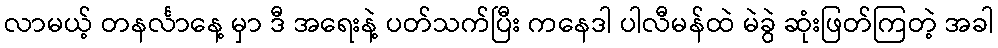
လာမယ့် တနင်္လာနေ့ မှာ ဒီ အရေးနဲ့ ပတ်သက်ပြီး ကနေဒါ ပါလီမန်ထဲ မဲခွဲ ဆုံးဖြတ်ကြတဲ့ အခါ